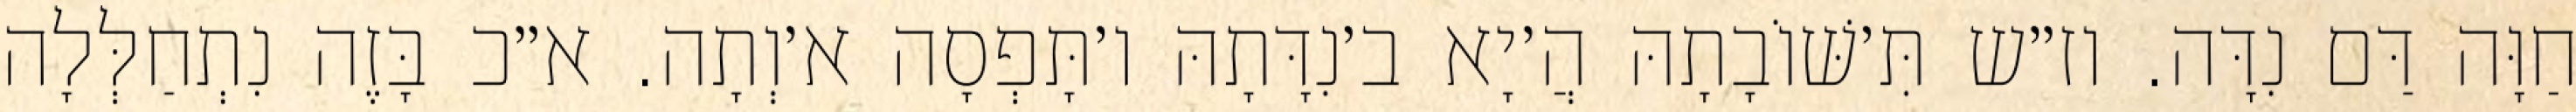
חַוָּה דַּם נִדָּה. וז״ש תִּ׳שּׁוֹבָתָהּ הֲ׳יָא ב׳נִדָּתָהּ ו׳תָּפְסָה א׳וְתָה. א״כ בָּזֶה נִתְחַלְּלָה